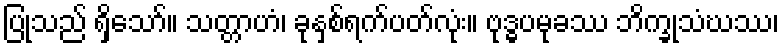
ပြုသည် ရှိသော်။ သတ္တာဟံ၊ ခုနှစ်ရက်ပတ်လုံး။ ဗုဒ္ဓပမုခဿ ဘိက္ခုသံဃဿ၊